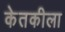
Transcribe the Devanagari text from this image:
केतकीला